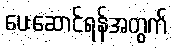
ပေးဆောင်ရန်အတွက်